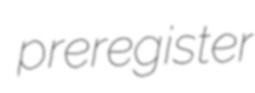
preregister